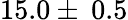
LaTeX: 15.0\pm\: 0.5